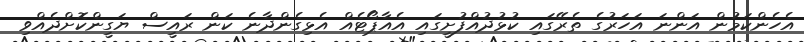
އެހެންކަމުން އަންނަ އަހަރުގެ ތެރޭގައި ކުޅުދުއްފުށީގައި އެއާޕޯޓެއް އެޅިގެންދާނެ ކަން ރައީސް ޔަގީންކޮށްދެއްވި